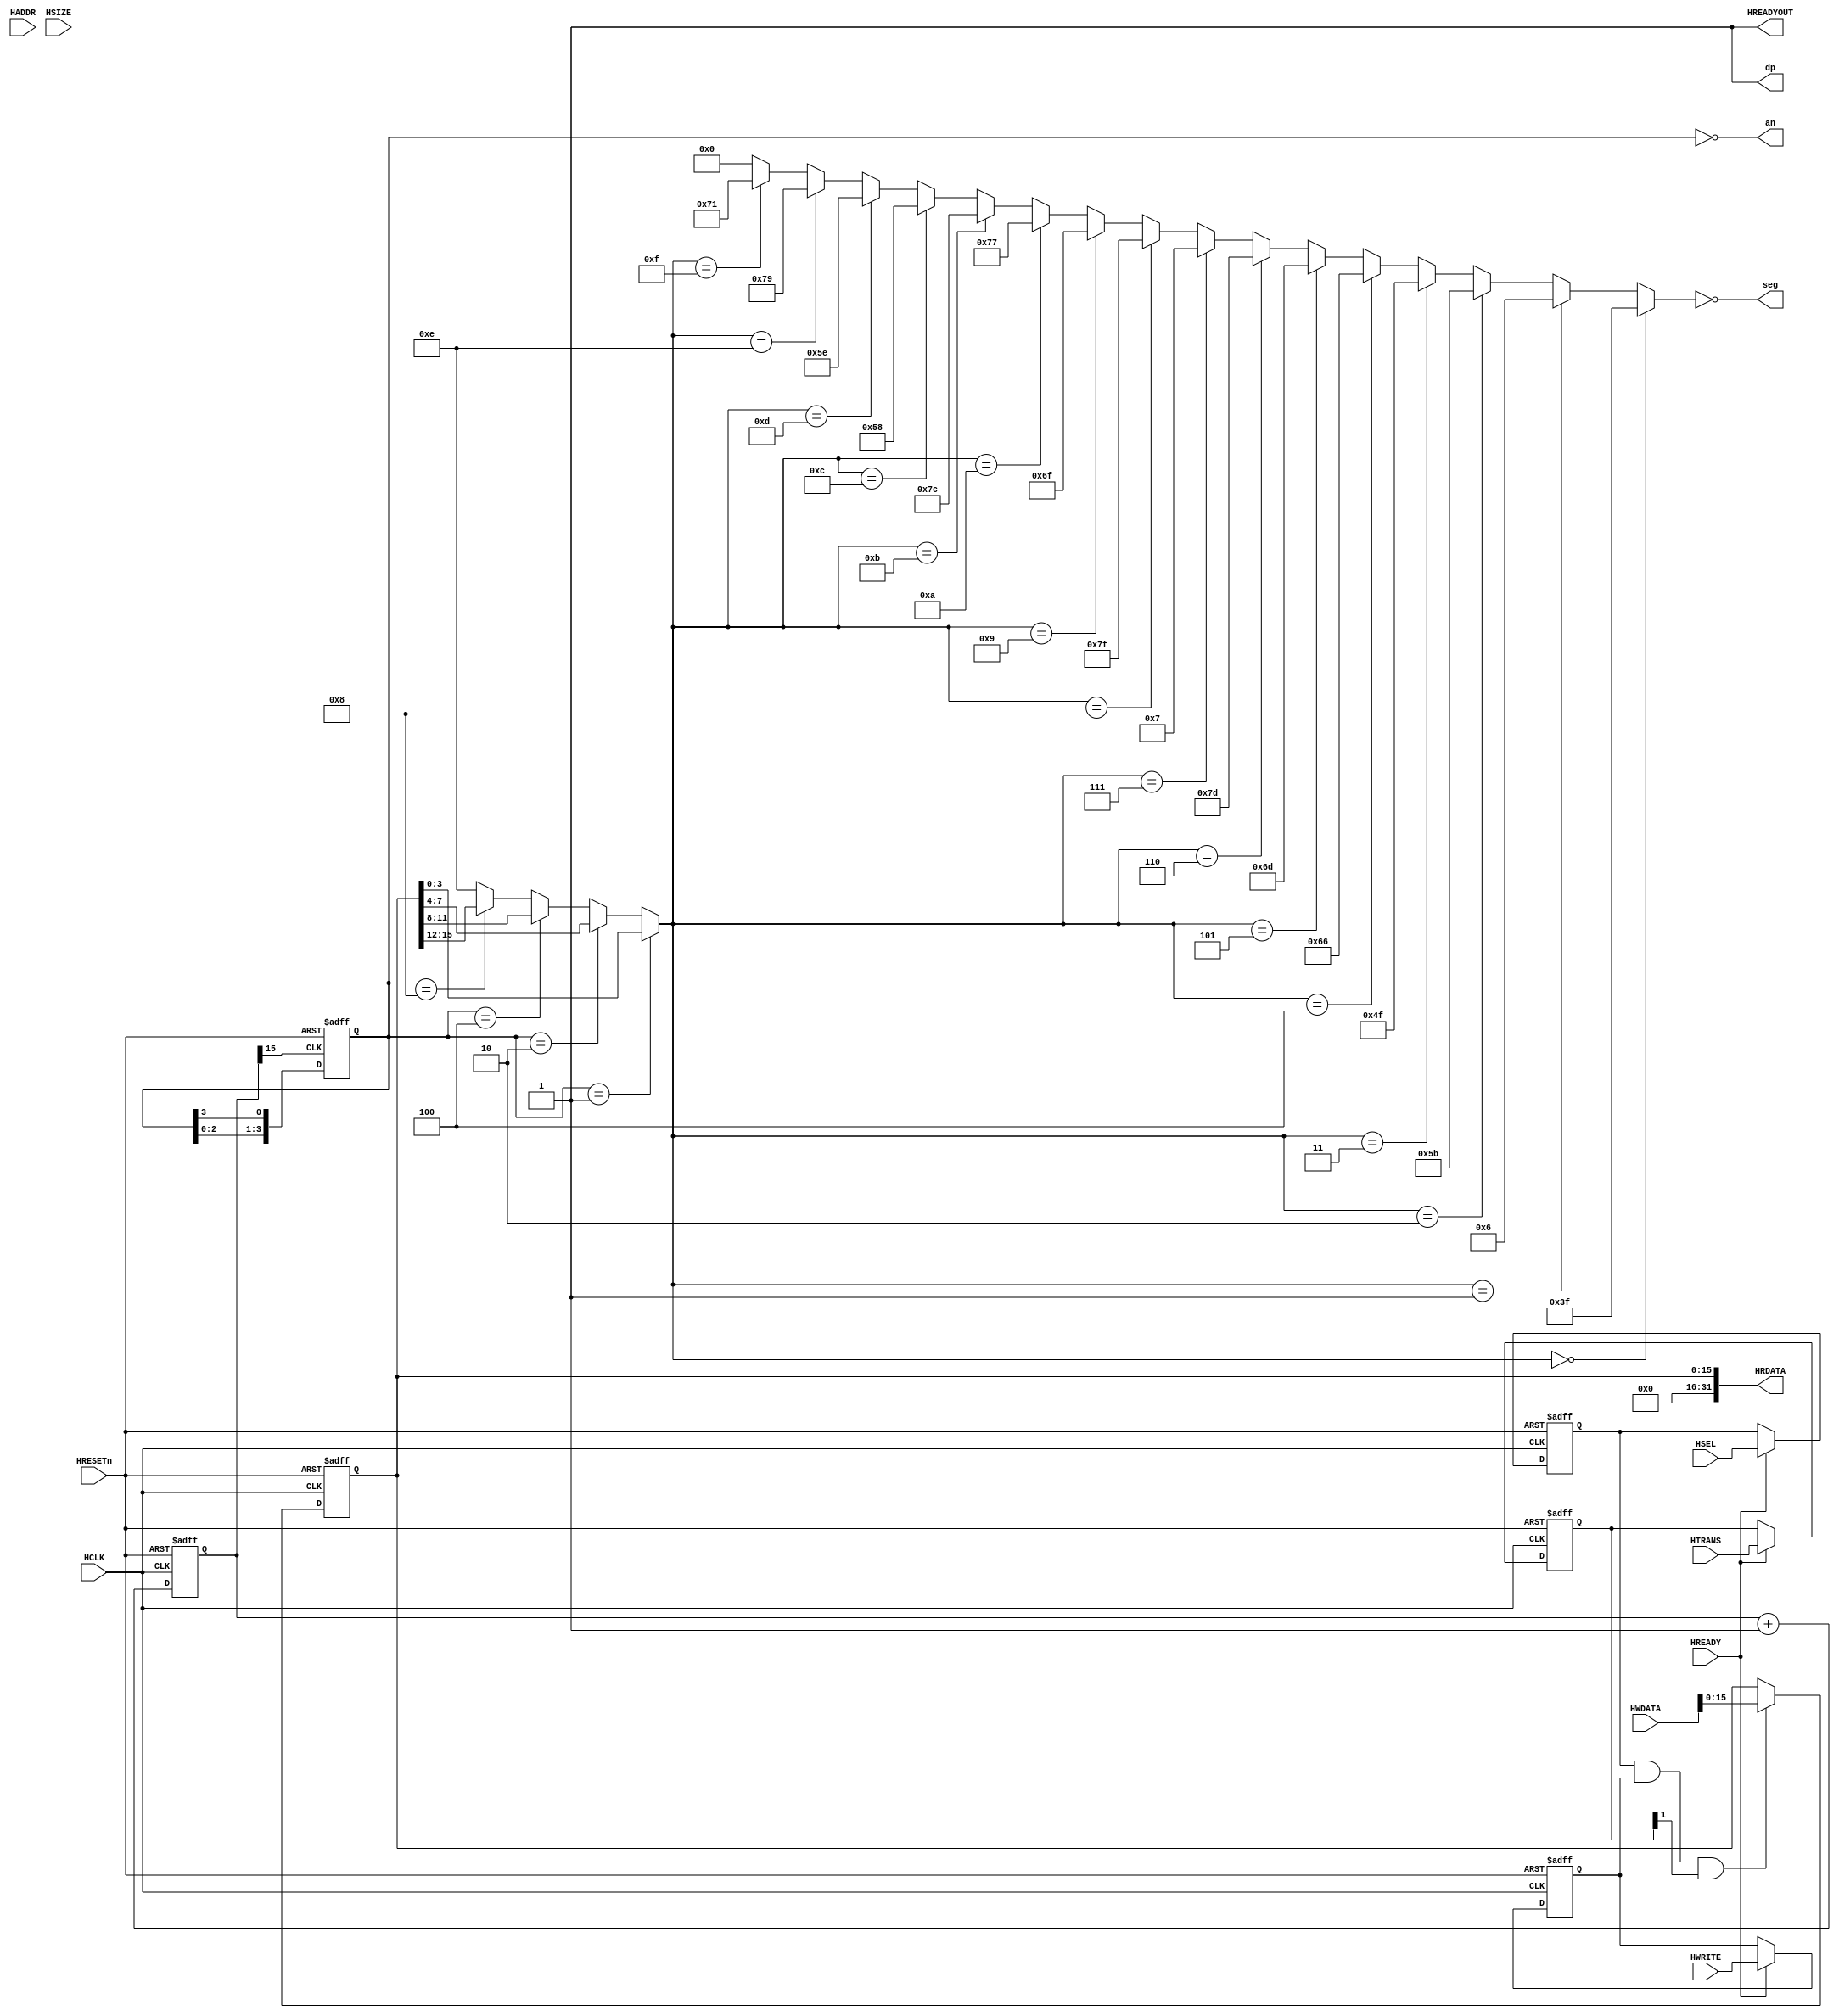
module AHB7SEGDEC(
	//AHBLITE INTERFACE
		//Slave Select Signals
			input wire HSEL,
		//Global Signal
			input wire HCLK,
			input wire HRESETn,
		//Address, Control & Write Data
			input wire HREADY,
			input wire [31:0] HADDR,
			input wire [1:0] HTRANS,
			input wire HWRITE,
			input wire [2:0] HSIZE,
			
			input wire [31:0] HWDATA,
		// Transfer Response & Read Data
			output wire HREADYOUT,
			output wire [31:0] HRDATA,
	
	//7segment displa
			output [6:0] seg,
			output [3:0] an,
			output dp
  );

//Address Phase Sampling Registers
  reg rHSEL;
  reg [31:0] rHADDR;
  reg [1:0] rHTRANS;
  reg rHWRITE;
  reg [2:0] rHSIZE;


//Address Phase Sampling
  always @(posedge HCLK or negedge HRESETn)
  begin
	 if(!HRESETn)
	 begin
		rHSEL		<= 1'b0;
		rHADDR	<= 32'h0;
		rHTRANS	<= 2'b00;
		rHWRITE	<= 1'b0;
		rHSIZE	<= 3'b000;
	 end
    else if(HREADY)
    begin
      rHSEL		<= HSEL;
		rHADDR	<= HADDR;
		rHTRANS	<= HTRANS;
		rHWRITE	<= HWRITE;
		rHSIZE	<= HSIZE;
    end
  end

//Data Phase data transfer

  reg [15:0]	DATA;
  always @(posedge HCLK or negedge HRESETn)
  begin
    if(!HRESETn)
      DATA <= 16'h1234;
    else if(rHSEL & rHWRITE & rHTRANS[1])
      DATA <= HWDATA[15:0];
  end

//Transfer Response
  assign HREADYOUT = 1'b1; //Single cycle Write & Read. Zero Wait state operations

//Read Data  
  assign HRDATA = {16'h0,DATA};

  reg [31:0] counter;
  reg [3:0] ring = 4'b0001;
  
  wire [3:0] code;
  wire [6:0] seg_out;
  assign seg = ~seg_out;
  assign an = ~ring;
  assign dp = 1'b1;

  always @(posedge HCLK or negedge HRESETn)
  begin
	if(!HRESETn)
		counter <= 32'h0000_0000;
	else
		counter <= counter + 1'b1;
  end

  always @(posedge counter[15] or negedge HRESETn)
  begin
	if(!HRESETn)
		ring <= 4'b0001;
	else
		ring <= {ring[2:0],ring[3]};
  end

  assign code =
	(ring == 4'b0001) ? DATA[3:0] :
	(ring == 4'b0010) ? DATA[7:4] :
	(ring == 4'b0100) ? DATA[11:8] :
	(ring == 4'b1000) ? DATA[15:12] :
		4'b1110;
		

parameter A      = 7'b0000001;
parameter B      = 7'b0000010;
parameter C      = 7'b0000100;
parameter D      = 7'b0001000;
parameter E      = 7'b0010000;
parameter F      = 7'b0100000;
parameter G      = 7'b1000000;

assign seg_out =
    (code == 4'h0) ? A|B|C|D|E|F :
    (code == 4'h1) ? B|C :
    (code == 4'h2) ? A|B|G|E|D :
    (code == 4'h3) ? A|B|C|D|G :

    (code == 4'h4) ? F|B|G|C :
    (code == 4'h5) ? A|F|G|C|D : 
    (code == 4'h6) ? A|F|G|C|D|E :
    (code == 4'h7) ? A|B|C :

    (code == 4'h8) ? A|B|C|D|E|F|G :
    (code == 4'h9) ? A|B|C|D|F|G :
    (code == 4'ha) ? A|F|B|G|E|C :
    (code == 4'hb) ? F|G|C|D|E :

    (code == 4'hc) ? G|E|D :
    (code == 4'hd) ? B|C|G|E|D :
    (code == 4'he) ? A|F|G|E|D :
    (code == 4'hf) ? A|F|G|E :
           7'b000_0000;

endmodule